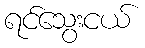
ရင်သွေးငယ်